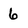
Character: 6